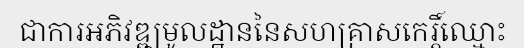
ជាការអភិវឌ្ឍមូលដ្ឋាននៃសហគ្រាសកេរ្តិ៍ឈ្មោះ